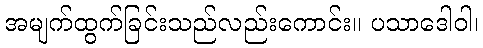
အမျက်ထွက်ခြင်းသည်လည်းကောင်း။ ပသာဒေါဝါ၊